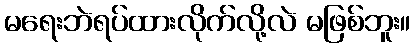
မရေးဘဲရပ်ထားလိုက်လို့လဲ မဖြစ်ဘူး။